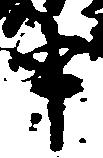
申